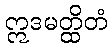
ဣဒမတ္ထိတံ